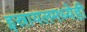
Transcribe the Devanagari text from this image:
इस्रायलमध्येही